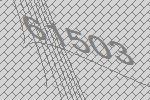
61503